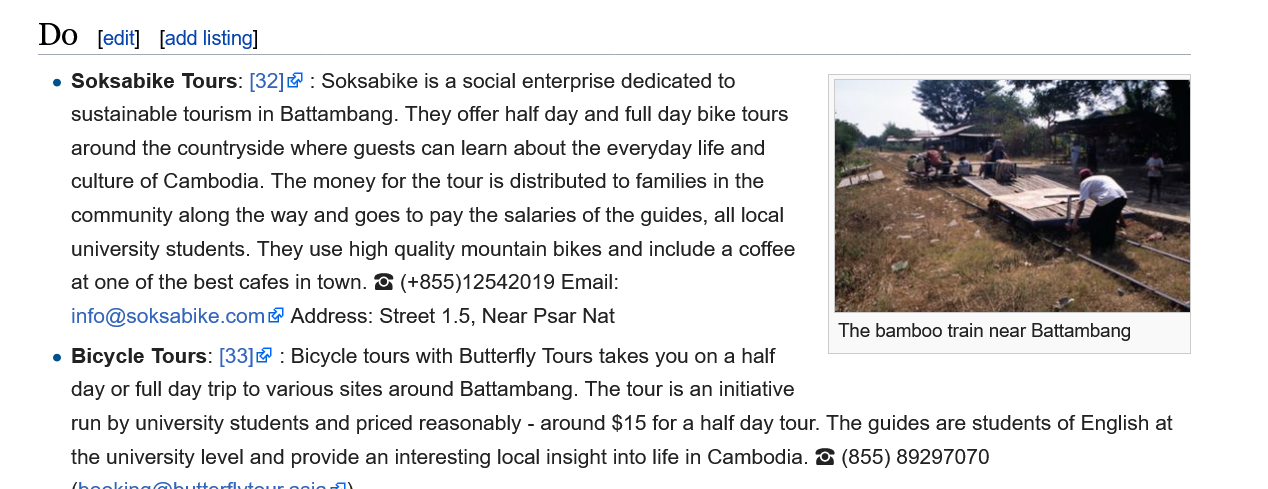
Do
     » Soksabike Tours: [32]& : Soksabike is a social enterprise dedicated to
     sustainable tourism in Battambang. They offer half day and full day bike tours
     around the countryside where guests can learn about the everyday life and
     culture of Cambodia. The money for the tour is distributed to families in the
     community along the way and goes to pay the salaries of the guides, all local
     university students. They use high quality mountain bikes and include a coffee
     at one of the best cafes in town. & (+855)12542019 Email:
     info@soksabike.com&  Address: Street 1.5, Near Psar Nat
     » Bicycle Tours: [33] : Bicycle tours with Butterfly Tours takes you on a half
     day or full day trip to various sites around Battambang. The tour is an initiative
     run by university students and priced reasonably -
     around $15 for a half day tour. The guides are students of English at
     the university level and provide an interesting local insight into life in Cambodia. & (855) 89297070
     The bamboo train near Battambang
     [edit] [add listing]